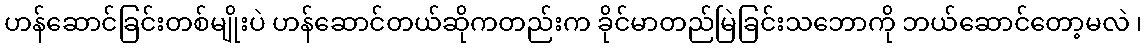
ဟန်ဆောင်ခြင်းတစ်မျိုးပဲ ဟန်ဆောင်တယ်ဆိုကတည်းက ခိုင်မာတည်မြဲခြင်းသဘောကို ဘယ်ဆောင်တော့မလဲ ၊